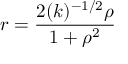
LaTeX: r = \frac { 2 ( k ) ^ { - 1 / 2 } { \rho } } { 1 + { \rho } ^ { 2 } }